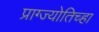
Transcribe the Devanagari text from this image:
प्राग्ज्योतिच्हा